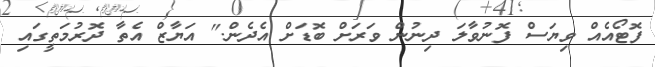
ފޮޓޯއެއް ވިޔަސް ފޮނުވާލަ ދިނުން ވަރަށް ބޮޑަށް އެދެން." އަޔާޒް އެތާ ދޮރުމަތީގައި